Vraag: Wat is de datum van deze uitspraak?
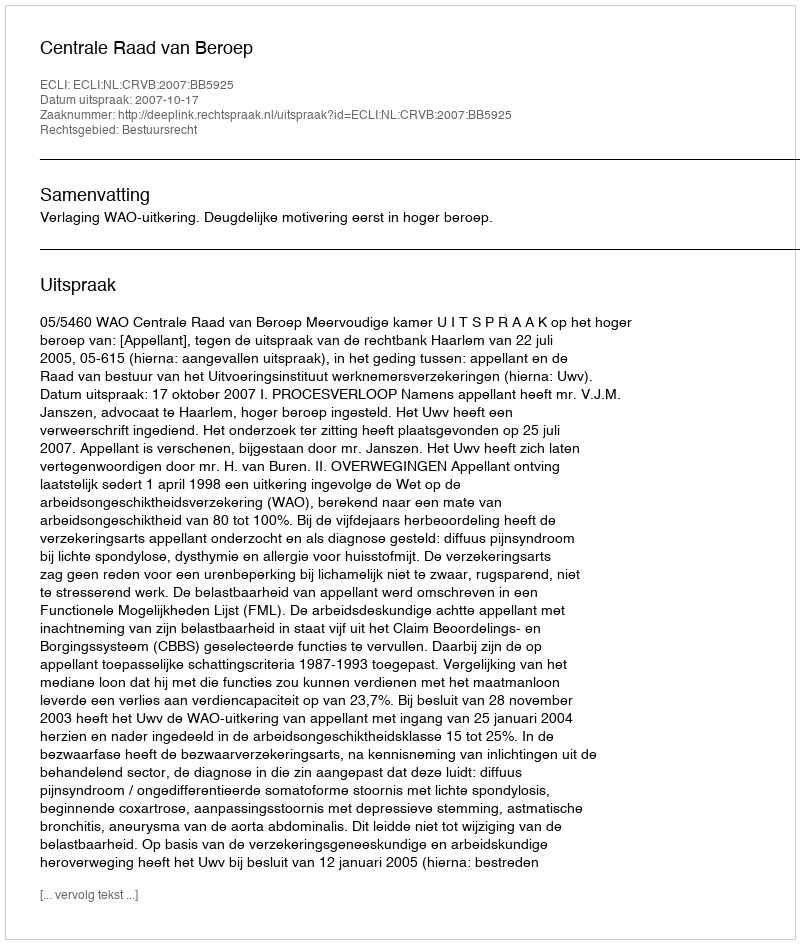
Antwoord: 2007-10-17